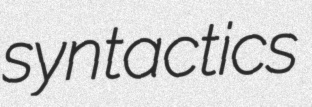
syntactics